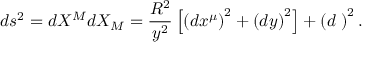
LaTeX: d s ^ { 2 } = d X ^ { M } d X _ { M } = \frac { R ^ { 2 } } { y ^ { 2 } } \left[ \left( d x ^ { \mu } \right) ^ { 2 } + \left( d y \right) ^ { 2 } \right] + \left( d \mathbf { \Omega } \right) ^ { 2 } .